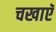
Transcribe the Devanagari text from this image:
चखाएॅ